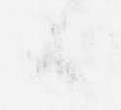
候